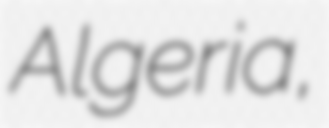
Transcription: Algeria,